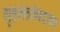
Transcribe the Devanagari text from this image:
गृहमंत्रीपदाचा